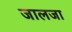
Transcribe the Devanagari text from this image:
जालजा